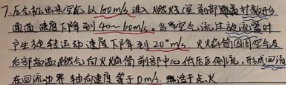
7. 无人机航迹规划：从起点 \(A\) 起飞，按照预定的航迹飞行，途中，需避开障碍物，最终到达 \(B\) 点上空。在此过程中需实时更新航迹，建立下图所示的 \(2D\) 空间，黑色圆圈代表空中障碍物，白色圆圈代表待访问目标点，位于左上角，规划出一条安全航迹，约束条件如下：路径长度最短，飞行时